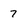
Character: 7